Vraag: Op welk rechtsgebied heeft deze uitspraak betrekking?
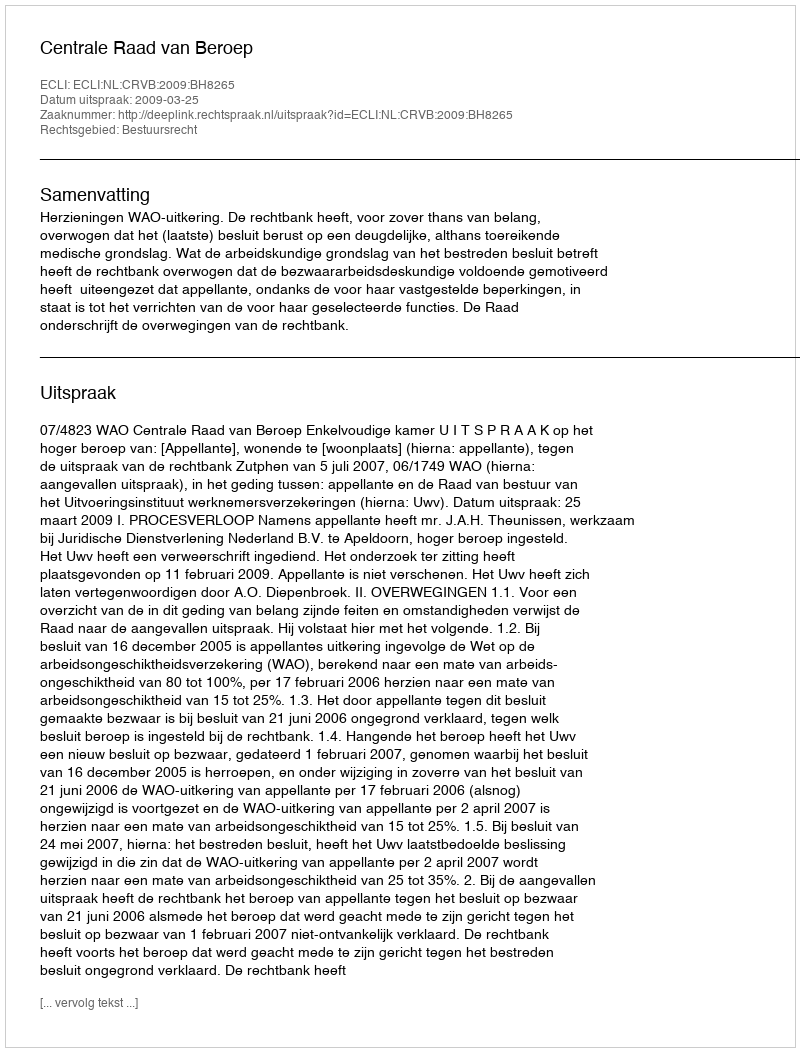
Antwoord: Bestuursrecht